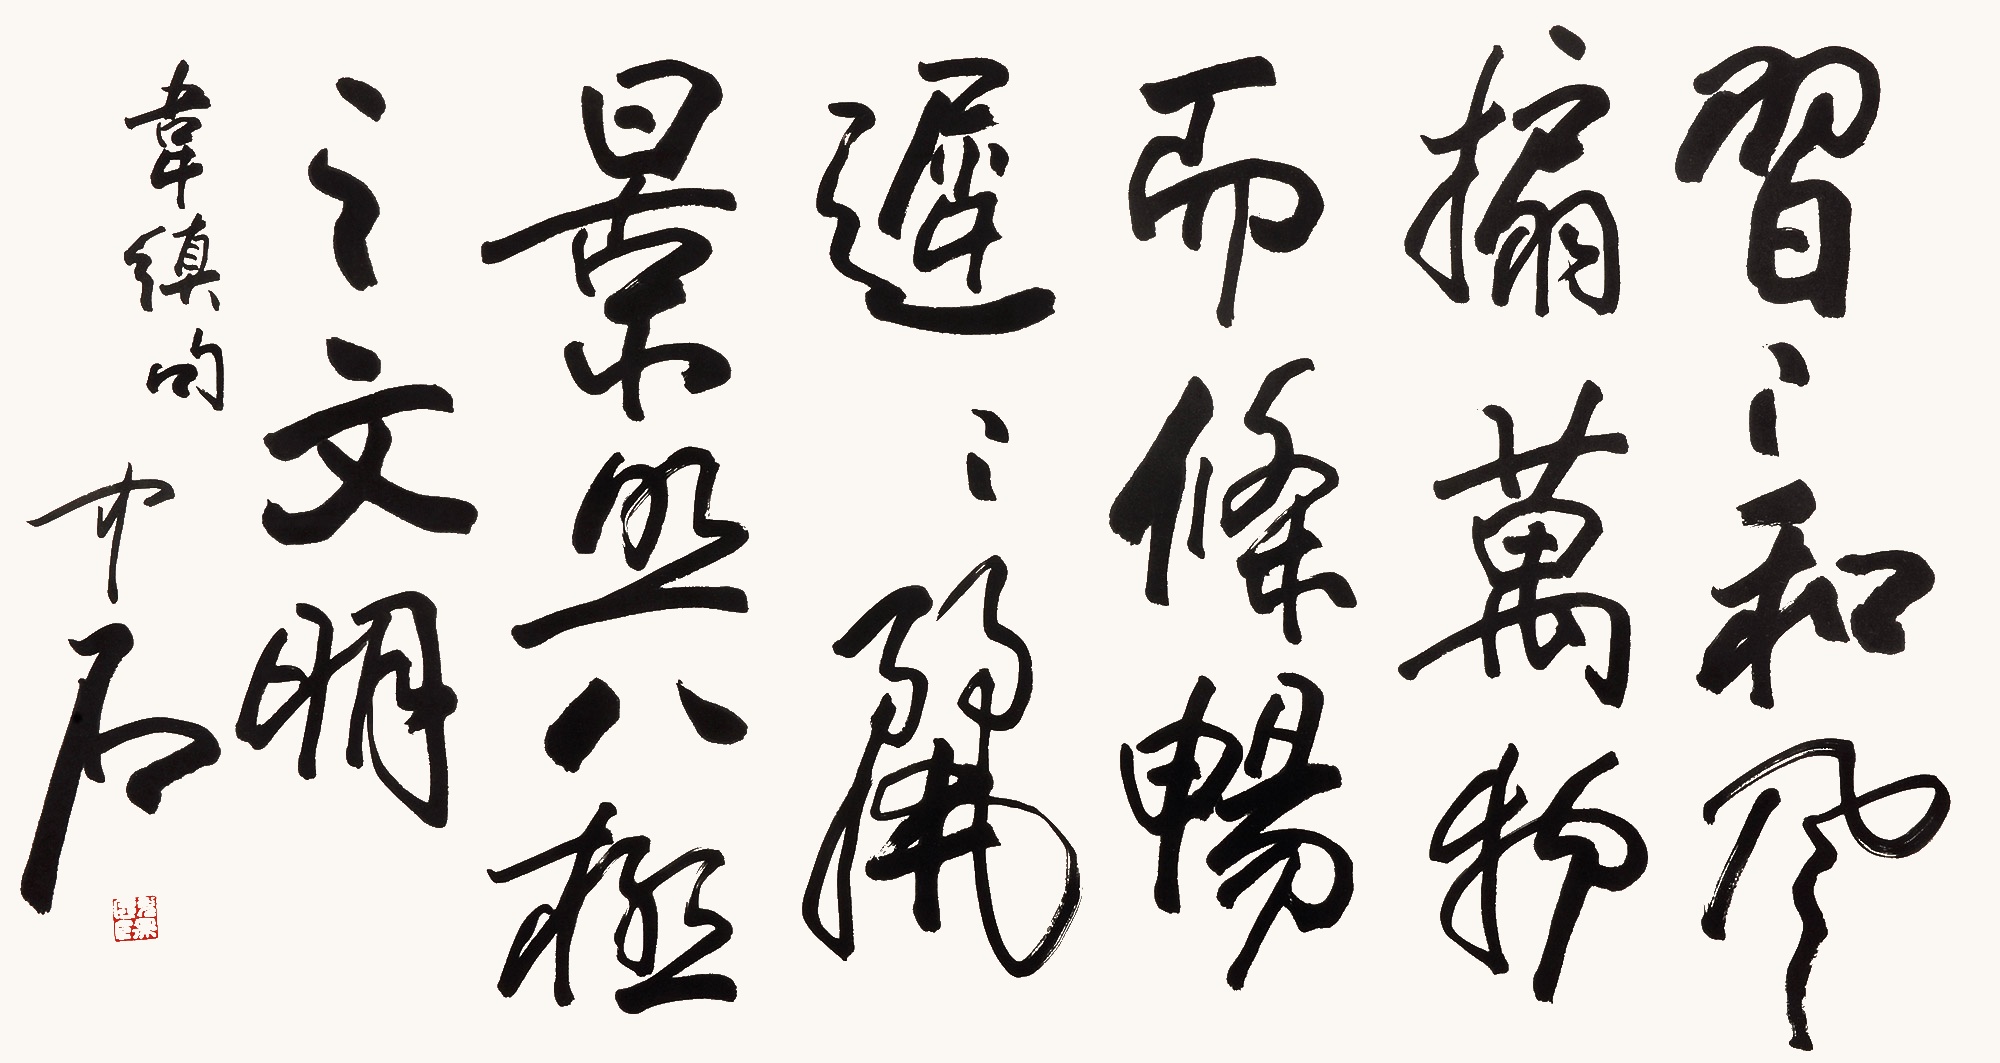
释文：习习和风搧万物而条畅，迟迟丽景照八极之文明。韦缜句，中石。